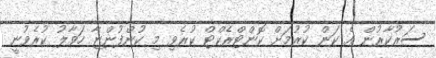
ސަރުކާރުން އެ ކަން ކުރުމަށް ކޮންޓްރެކްޓް ކުރެވި މި ކުންފުންޏާ ހަވާލު ކުރެވުނީ